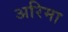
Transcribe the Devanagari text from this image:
अरिमा